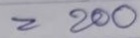
= 200